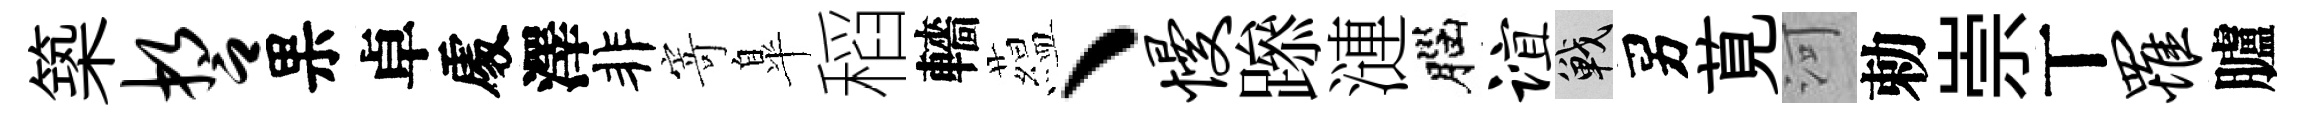
築誓果卓𠁅澤非寄臯稻轖藴、慢𨅶漣腦谊戰男莧河勅崇丅罹臚